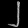
Digit: ၂